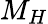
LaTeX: M_{H}